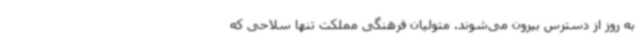
به روز از دسترس بیرون می‌شوند. متولیان فرهنگی مملکت تنها سلاحی که